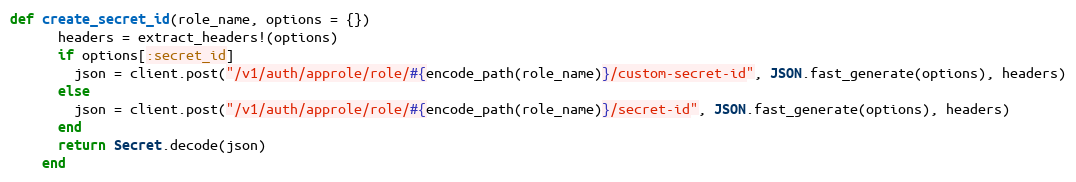
Language: Ruby
def create_secret_id(role_name, options = {})
      headers = extract_headers!(options)
      if options[:secret_id]
        json = client.post("/v1/auth/approle/role/#{encode_path(role_name)}/custom-secret-id", JSON.fast_generate(options), headers)
      else
        json = client.post("/v1/auth/approle/role/#{encode_path(role_name)}/secret-id", JSON.fast_generate(options), headers)
      end
      return Secret.decode(json)
    end